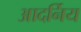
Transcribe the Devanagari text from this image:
आदर्निय